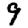
Digit: 9